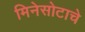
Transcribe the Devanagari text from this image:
मिनेसोटाचे